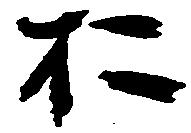
お